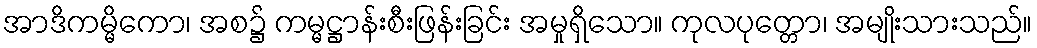
အာဒိကမ္မိကော၊ အစ၌ ကမ္မဋ္ဌာန်းစီးဖြန်းခြင်း အမှုရှိသော။ ကုလပုတ္တော၊ အမျိုးသားသည်။